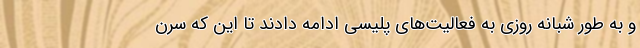
و به طور شبانه روزی به فعالیت‌های پلیسی ادامه دادند تا این که سرن